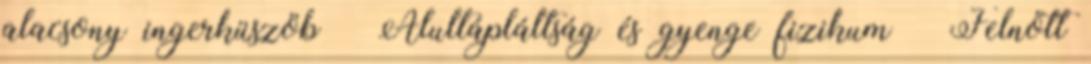
alacsony ingerküszöb  Alultápláltság és gyenge fizikum  Felnőtt